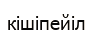
кішіпейіл